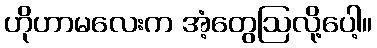
ဟိုဟာမလေးက အံ့တွေဩလို့ပေါ့။